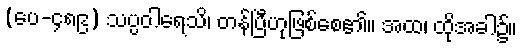
(ပေ-၄၈၉) သပ္ပဝါရေသိ၊ တန်ပြီဟုဖြစ်စေ၏။ အထ၊ ထိုအခါ၌။